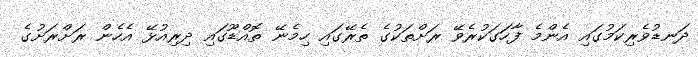
ދަނޑުވެރިކަމުގައި އެންމެ ފާހަގަކުރެވޭ ރަށްތަކުގެ ތެރޭގައި ހިމެނޭ ތޮއްޑޫގައި ދިރިއުޅޭ އެހެން ރަށްރަށުގެ